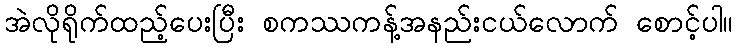
အဲလိုရိုက်ထည့်ပေးပြီး စကဿကန့်အနည်းငယ်လောက် စောင့်ပါ။